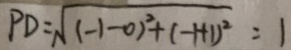
P D = \sqrt { ( - 1 - 0 ) ^ { 2 } + ( - 1 + 1 ) ^ { 2 } } = 1